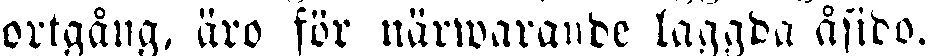
ortgång, äro för närwarande laggda åsido.